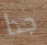
جدا